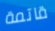
قاتمة